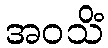
အဝသိံ